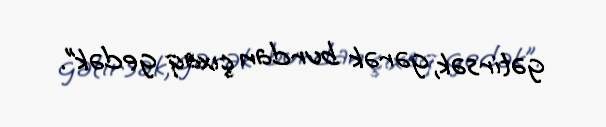
gətirsək, gərək burdan çıxaq gedək”.